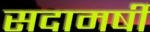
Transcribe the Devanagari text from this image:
सदामर्षी